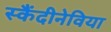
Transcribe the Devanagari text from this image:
स्कैंदीनेविया